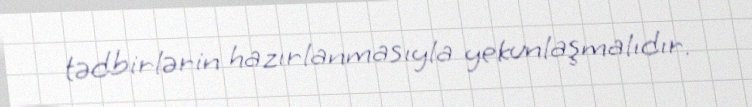
tədbirlərin hazırlanmasıyla yekunlaşmalıdır.